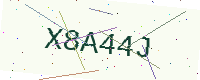
Text: X8A44J